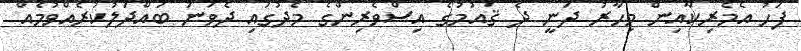
ފަހު އެމެރިކާއިން މިހާރު ދަނީ ދެ ޤައުމުގެ އިސްވެރިންގެ މެދުގައި ދެވަނަ ބައްދަލުކުރެއްވުމެއް